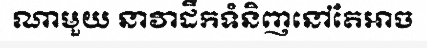
ណាមួយ នាវាដឹកទំនិញនៅតែអាច